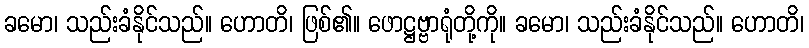
ခမော၊ သည်းခံနိုင်သည်။ ဟောတိ၊ ဖြစ်၏။ ဖောဋ္ဌဗ္ဗာရုံတို့ကို။ ခမော၊ သည်းခံနိုင်သည်။ ဟောတိ၊